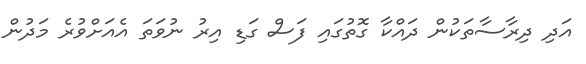
އަދި ދިރާސާތަކުން ދައްކާ ގޮތުގައި ފަސް ގަޑި އިރު ނުވަތަ އެއަށްވުރެ މަދުން